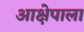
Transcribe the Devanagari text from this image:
आक्षेपाला